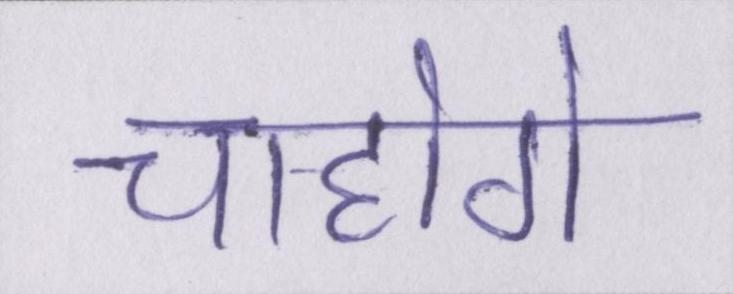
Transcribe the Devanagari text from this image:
चाहोगे